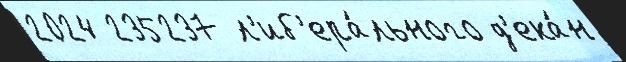
2024 235237 л'иб'ера́льного д'ека́н